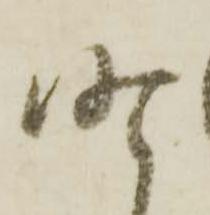
昨